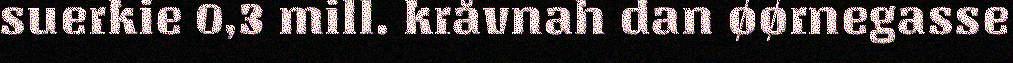
suerkie 0,3 mill. kråvnah dan øørnegasse